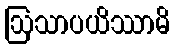
ဩသာပယိဿာမိ